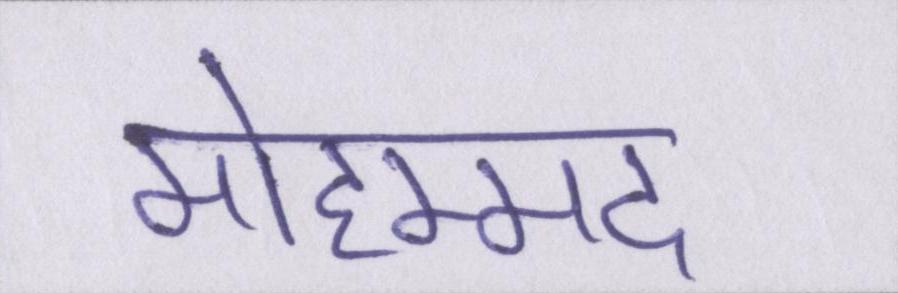
मोहम्मद